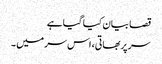
قصا بیان کیا گیا ہے
سر پربھاتی، اس سر میں ۔